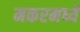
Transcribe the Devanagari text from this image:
मकरमध्ये